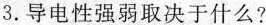
3.导电性强弱取决于什么?